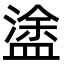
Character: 𥂋